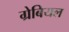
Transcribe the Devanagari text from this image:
ग्रेबियल